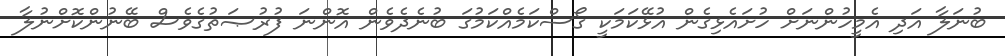
ބުނަލާ އަދި އެމީހުންނަށް ހުށައެޅިގެން އުޅޭކަމަކީ ގޯސްކަމެއްކަމުގަ ބުނެދެވެން އޮންނަ ފުރުޞަތުގެވެސް ބޭނުންކޮށްނުލާ